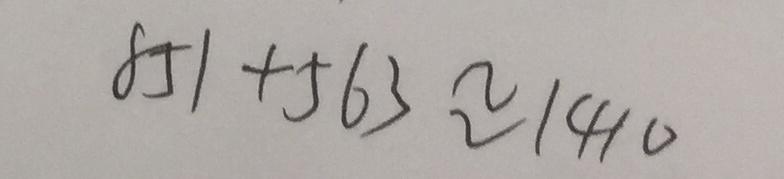
8 5 1 + 5 6 3 \approx 1 4 1 0